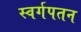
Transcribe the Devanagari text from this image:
स्वर्गपतन